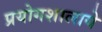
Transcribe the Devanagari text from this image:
प्रयोगशालाये